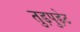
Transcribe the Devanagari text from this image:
तुड़पुड़ेट